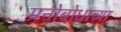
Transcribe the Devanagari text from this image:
मनोबोधाच्या